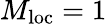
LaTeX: M_{\mathrm{loc}}=1